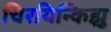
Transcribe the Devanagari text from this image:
चिरयिन्किझु